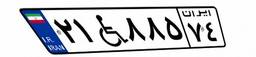
۲۱W۸۸۵۷۴